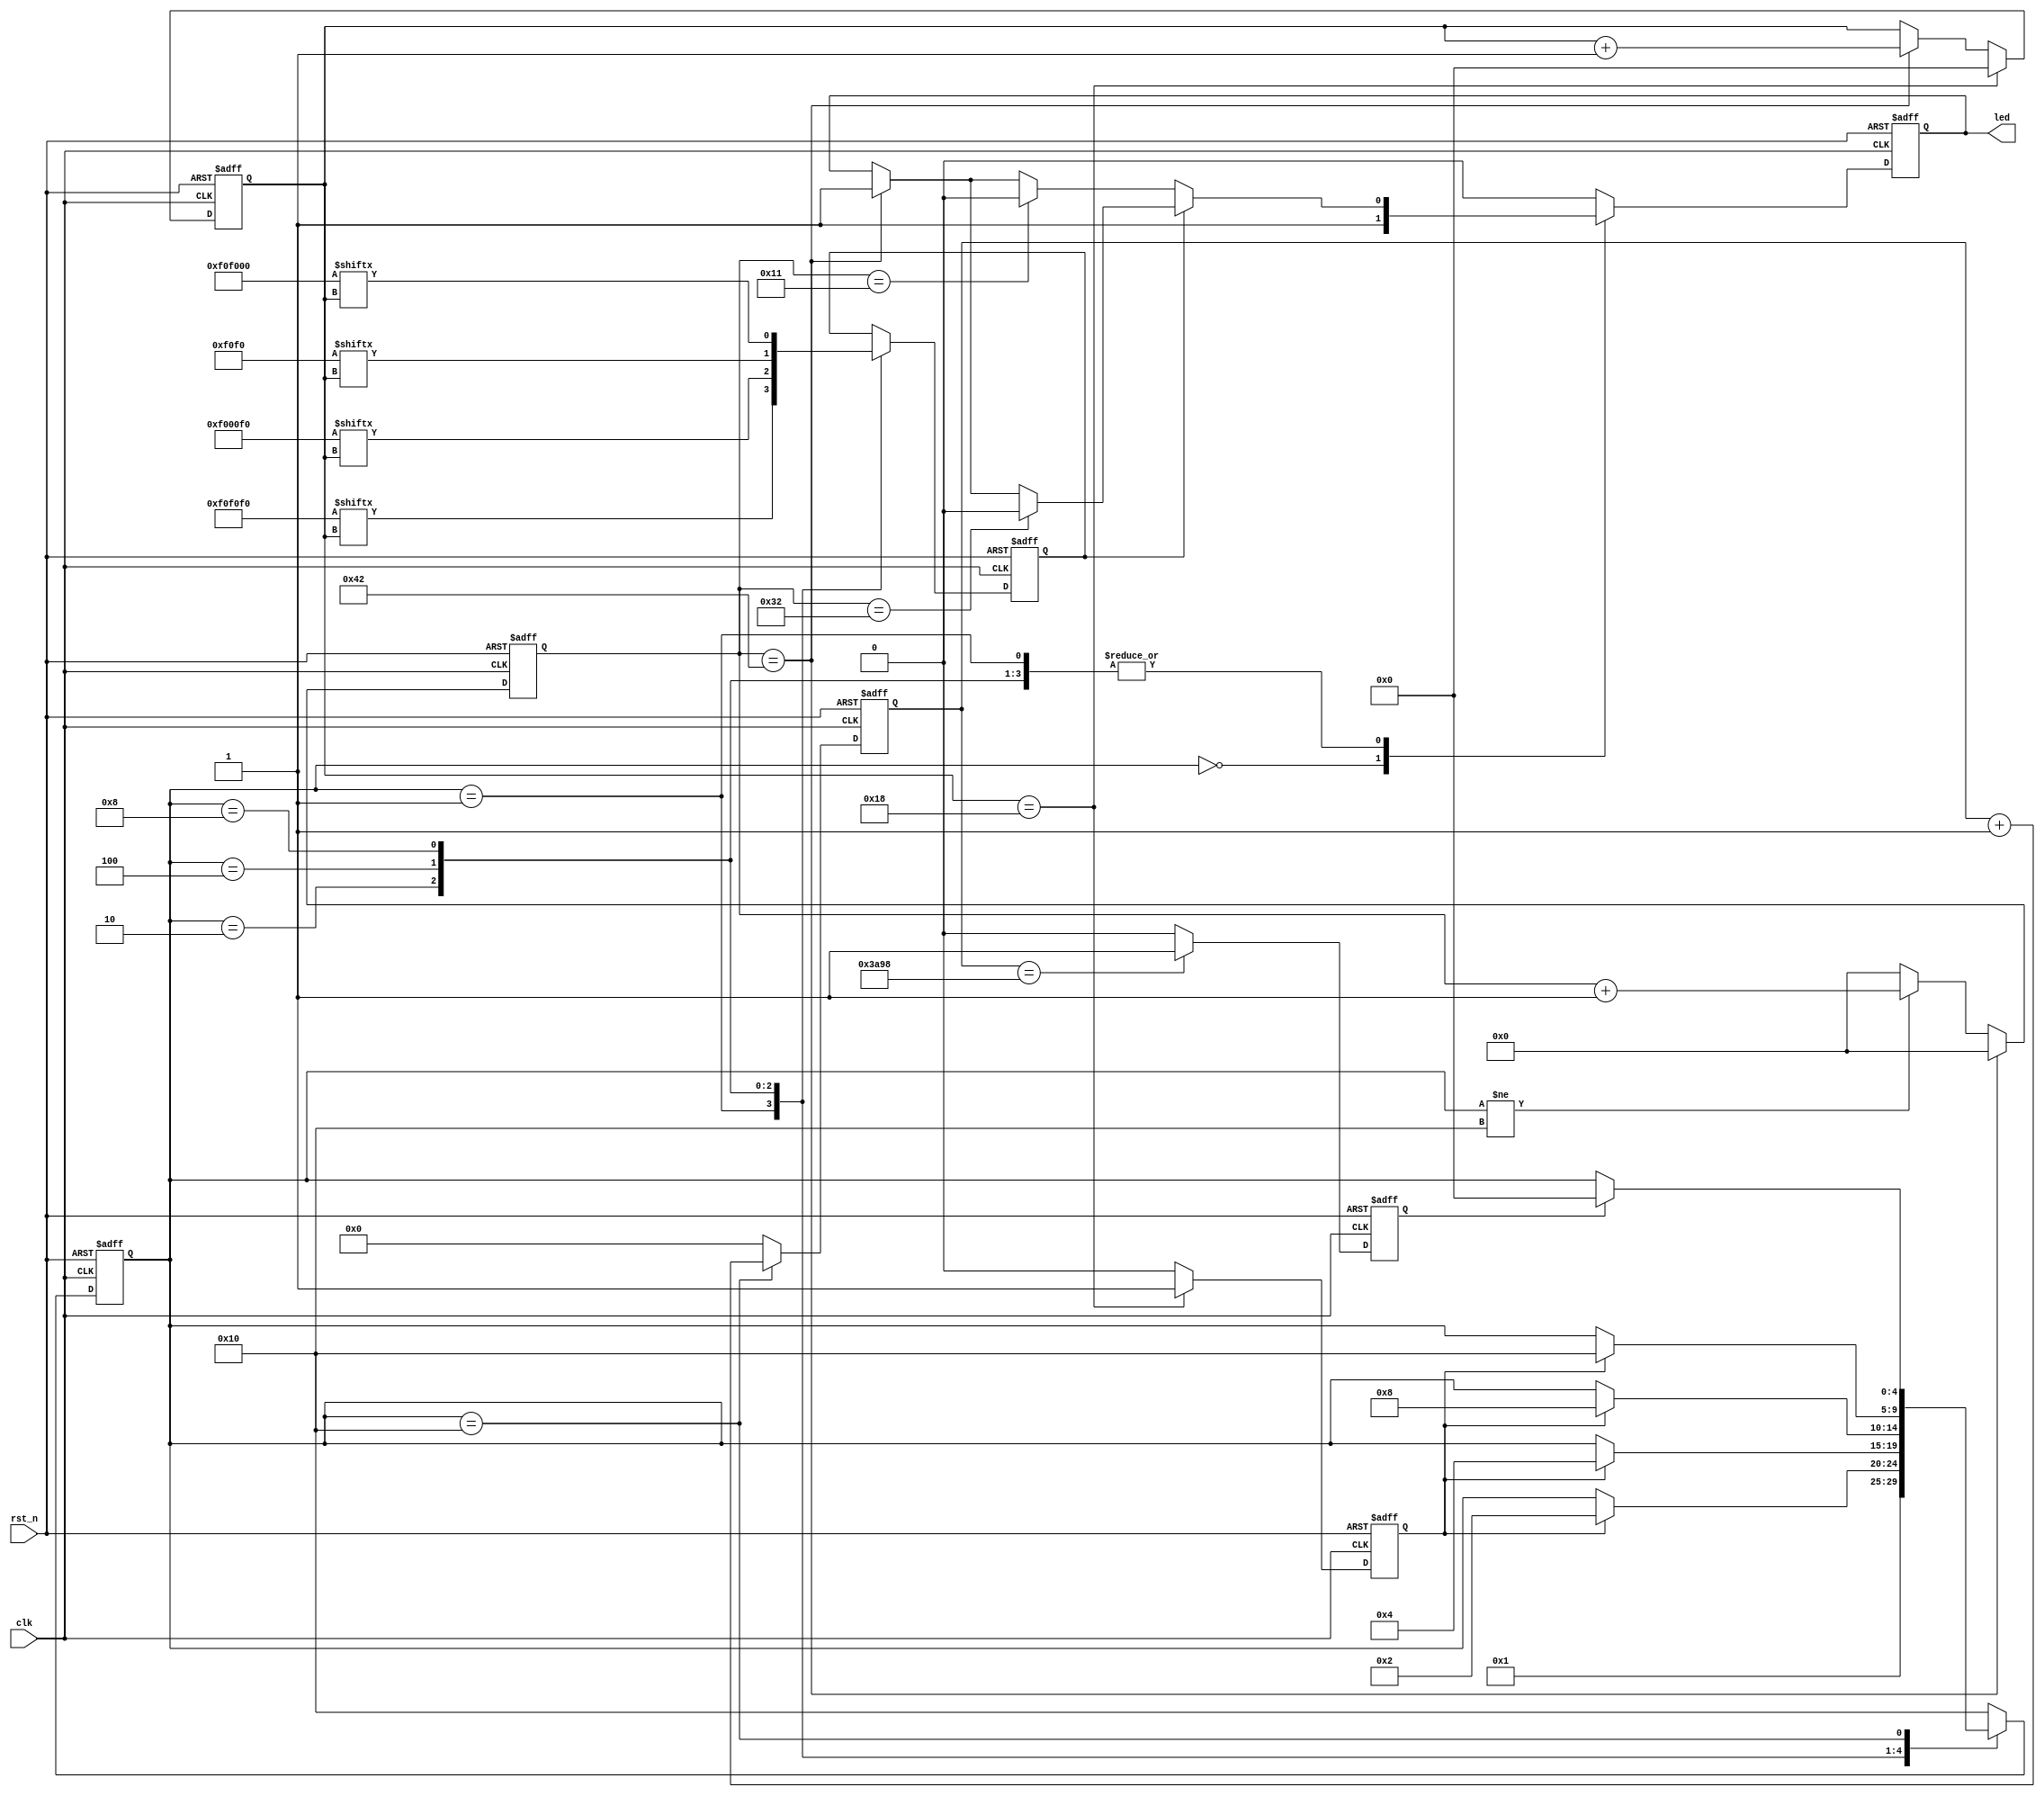
`timescale 1ns / 1ps

module ws2812_ctrl (
    input  clk,
    input  rst_n,
    output led
);

  //clk 50M
  parameter T0H = 6'd17;
  parameter T0L = 6'd50;
  parameter T1H = 6'd50;
  parameter T1L = 6'd17;
  parameter RST = 14'd15000;

  parameter LED_1 = 25'b0_1111_0000_1111_0000_1111_0000;
  parameter LED_2 = 25'b0_1111_0000_0000_0000_1111_0000;
  parameter LED_3 = 25'b0_0000_0000_1111_0000_1111_0000;
  parameter LED_4 = 25'b0_1111_0000_1111_0000_0000_0000;
  parameter IDLE = 5'b0000;
  parameter LED1 = 5'b0001;
  parameter LED2 = 5'b0010;
  parameter LED3 = 5'b0100;
  parameter LED4 = 5'b1000;
  parameter RST_FSM = 5'b1_0000;

  reg [ 4:0] state;
  reg [ 4:0] state_n;
  reg [ 6:0] cycle_cnt;
  reg        led_pwm;
  reg        shift;
  reg        state_tran;
  reg        state_tran_rst;
  reg [13:0] rst_cnt;
  reg [ 4:0] bit_cnt;

  always @(posedge clk or negedge rst_n) begin
    if (!rst_n) cycle_cnt <= 7'd0;
    else if (cycle_cnt == (T0H + T0L - 6'd1)) cycle_cnt <= 7'd0;
    else if (state != RST_FSM) cycle_cnt <= cycle_cnt + 1'b1;
    else cycle_cnt <= 7'd0;
  end

  //FSM 1
  always @(posedge clk or negedge rst_n) begin
    if (!rst_n) state <= IDLE;
    else state <= state_n;
  end

  //FSM 2
  always @(posedge clk or negedge rst_n) begin
    if (!rst_n) begin
      led_pwm <= 1'b0;
      shift   <= 1'b0;
    end else begin
      case (state)
        IDLE: begin
          led_pwm <= 1'b1;
        end
        LED1: begin
          shift <= LED_1[bit_cnt];
          if (shift == 1'b1) begin
            if (cycle_cnt == T1H) led_pwm <= 1'b0;
            else if (cycle_cnt == (T1H + T0H - 6'd1)) led_pwm <= 1'b1;
            else led_pwm <= led_pwm;
          end else begin
            if (cycle_cnt == T0H) led_pwm <= 1'b0;
            else if (cycle_cnt == (T1H + T0H - 6'd1)) led_pwm <= 1'b1;
            else led_pwm <= led_pwm;
          end
        end
        LED2: begin
          shift <= LED_2[bit_cnt];
          if (shift == 1'b1) begin
            if (cycle_cnt == T1H) led_pwm <= 1'b0;
            else if (cycle_cnt == (T1H + T0H - 6'd1)) led_pwm <= 1'b1;
            else led_pwm <= led_pwm;
          end else begin
            if (cycle_cnt == T0H) led_pwm <= 1'b0;
            else if (cycle_cnt == (T1H + T0H - 6'd1)) led_pwm <= 1'b1;
            else led_pwm <= led_pwm;
          end
        end
        LED3: begin
          shift <= LED_3[bit_cnt];
          if (shift == 1'b1) begin
            if (cycle_cnt == T1H) led_pwm <= 1'b0;
            else if (cycle_cnt == (T1H + T0H - 6'd1)) led_pwm <= 1'b1;
            else led_pwm <= led_pwm;
          end else begin
            if (cycle_cnt == T0H) led_pwm <= 1'b0;
            else if (cycle_cnt == (T1H + T0H - 6'd1)) led_pwm <= 1'b1;
            else led_pwm <= led_pwm;
          end
        end
        LED4: begin
          shift <= LED_4[bit_cnt];
          if (shift == 1'b1) begin
            if (cycle_cnt == T1H) led_pwm <= 1'b0;
            else if (cycle_cnt == (T1H + T0H - 6'd1)) led_pwm <= 1'b1;
            else led_pwm <= led_pwm;
          end else begin
            if (cycle_cnt == T0H) led_pwm <= 1'b0;
            else if (cycle_cnt == (T1H + T0H - 6'd1)) led_pwm <= 1'b1;
            else led_pwm <= led_pwm;
          end
        end
        RST_FSM: begin
          led_pwm <= 1'b0;
        end

        default: begin
          led_pwm <= 1'b0;
        end
      endcase
    end
  end

  assign led = led_pwm;
  //FSM 3
  always @(*) begin
    case (state)
      IDLE: state_n = LED1;
      LED1: begin
        if (state_tran) state_n = LED2;
        else state_n = state;
      end
      LED2: begin
        if (state_tran) state_n = LED3;
        else state_n = state;
      end
      LED3: begin
        if (state_tran) state_n = LED4;
        else state_n = state;
      end
      LED4: begin
        if (state_tran) state_n = RST_FSM;
        else state_n = state;
      end
      RST_FSM: begin
        if (state_tran_rst) state_n = IDLE;
        else state_n = state;
      end
      default: state_n = RST_FSM;
    endcase
  end

  always @(posedge clk or negedge rst_n) begin
    if (!rst_n) begin
      bit_cnt <= 5'd0;
      state_tran <= 1'b0;
    end else if (bit_cnt == 5'd24) begin
      bit_cnt <= 5'd0;
      state_tran <= 1'b1;
    end else if (cycle_cnt == (T0H + T0L - 6'd1)) begin
      bit_cnt <= bit_cnt + 1'b1;
      state_tran <= 1'b0;
    end else begin
      bit_cnt <= bit_cnt;
      state_tran <= 1'b0;
    end
  end

  always @(posedge clk or negedge rst_n) begin
    if (!rst_n) rst_cnt <= 14'd0;
    else if (state == RST_FSM) rst_cnt <= rst_cnt + 1'b1;
    else rst_cnt <= 14'd0;
  end

  always @(posedge clk or negedge rst_n) begin
    if (!rst_n) state_tran_rst <= 1'b0;
    else if (rst_cnt == RST) state_tran_rst <= 1'b1;
    else state_tran_rst <= 1'b0;
  end
endmodule

// module ws2812_ctrl (
//     input  wire clk,
//     input  wire rst_n,
//     output wire led
// );

//   parameter LED_NUM = 4;
//   parameter FREQ = 50_000_0;  //100ms 10HZ


//   // 50MHz => 20ns
//   // 50 => 1us  17 => 340ns
//   parameter T0H = 6'd17;
//   parameter T0L = 6'd50;
//   parameter T1H = 6'd50;
//   parameter T1L = 6'd17;
//   parameter RST_NUM = 14'd15000;
//   parameter IDLE = 2'd0;
//   parameter LED_start = 2'd1;
//   parameter RST_FSM = 2'd2;

//   reg [ 1:0] state;
//   reg [ 1:0] state_n;
//   reg [23:0] led_num;
//   reg [24:0] led_brink;
//   reg [31:0] led_brink_cnt;
//   reg [ 6:0] cycle_cnt;
//   reg        led_pwm;
//   reg        shift;
//   reg        state_tran;
//   reg        state_tran_rst;
//   reg [13:0] rst_cnt;
//   reg [ 4:0] bit_cnt;

//   assign led = led_pwm;
//   always @(posedge clk or negedge rst_n) begin
//     if (!rst_n) cycle_cnt <= 7'd0;
//     else if (cycle_cnt == (T0H + T0L - 6'd1)) cycle_cnt <= 7'd0;
//     else if (state != RST_FSM) cycle_cnt <= cycle_cnt + 1'b1;
//     else cycle_cnt <= 7'd0;
//   end

//   //FSM 1
//   always @(posedge clk or negedge rst_n) begin
//     if (!rst_n) state <= IDLE;
//     else state <= state_n;
//   end

//   always @(posedge clk or negedge rst_n) begin
//     if (!rst_n) led_brink_cnt <= 24'd0;
//     else if (led_brink_cnt == FREQ - 1) led_brink_cnt <= 24'd0;
//     else led_brink_cnt <= led_brink_cnt + 1'b1;
//   end

//   always @(posedge clk or negedge rst_n) begin
//     if (!rst_n) led_brink <= 25'd0;
//     else if (led_brink_cnt == FREQ - 1) led_brink <= led_brink + 1'b1;
//   end

//   //FSM 2
//   always @(posedge clk or negedge rst_n) begin
//     if (!rst_n) begin
//       led_pwm <= 1'd0;
//       shift   <= 1'd0;
//       led_num <= 1'd0;
//     end else begin
//       case (state)
//         IDLE: begin
//           led_pwm <= 1'b1;
//         end
//         LED_start: begin
//           shift <= led_brink[bit_cnt];
//           if (shift == 1'b1) begin
//             if (led_num == LED_NUM - 1) led_num <= 6'd0;
//             else if (cycle_cnt == T1H) led_pwm <= 1'b0;
//             else if (cycle_cnt == (T1H + T0H - 6'd1)) begin
//               led_pwm <= 1'b1;
//               led_num <= led_num + 1'b1;
//             end else led_pwm <= led_pwm;
//           end else begin
//             if (led_num == LED_NUM - 1) led_num <= 6'd0;
//             else if (cycle_cnt == T0H) led_pwm <= 1'b0;
//             else if (cycle_cnt == (T1H + T0H - 6'd1)) begin
//               led_pwm <= 1'b1;
//               led_num <= led_num + 1'b1;
//             end else led_pwm <= led_pwm;
//           end
//         end
//         RST_FSM: begin
//           led_pwm <= 1'b0;
//         end
//         default: begin
//           led_pwm <= 1'b0;
//         end
//       endcase
//     end
//   end

//   //FSM 3
//   always @(*) begin
//     case (state)
//       IDLE: state_n = LED_start;
//       LED_start: begin
//         if (state_tran) state_n = RST_FSM;
//         else state_n = state;
//       end
//       RST_FSM: begin
//         if (state_tran_rst) state_n = IDLE;
//         else state_n = state;
//       end
//       default: begin
//         state_n = state;
//       end
//     endcase
//   end

//   always @(posedge clk or negedge rst_n) begin
//     if (!rst_n) begin
//       bit_cnt <= 5'd0;
//       state_tran <= 1'b0;
//     end else if (bit_cnt == 5'd23) begin
//       bit_cnt <= 5'd0;
//       if (led_num == LED_NUM - 1) begin
//         state_tran <= 1'b1;
//       end
//     end else if (cycle_cnt == (T0H + T0L - 6'd1)) begin
//       bit_cnt <= bit_cnt + 1'b1;
//       state_tran <= 1'b0;
//     end else begin
//       bit_cnt <= bit_cnt;
//       state_tran <= 1'b0;
//     end
//   end

//   always @(posedge clk or negedge rst_n) begin
//     if (!rst_n) rst_cnt <= 14'd0;
//     else if (state == RST_FSM) rst_cnt <= rst_cnt + 1'b1;
//     else rst_cnt <= 14'd0;
//   end

//   always @(posedge clk or negedge rst_n) begin
//     if (!rst_n) state_tran_rst <= 1'b0;
//     else if (rst_cnt == RST_NUM) state_tran_rst <= 1'b1;
//     else state_tran_rst <= 1'b0;
//   end
// endmodule